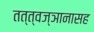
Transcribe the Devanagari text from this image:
तत्त्वज्ञानासह